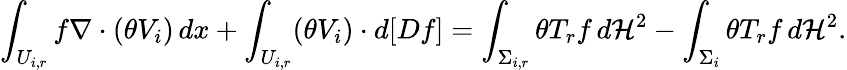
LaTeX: \int_{U_{i,r}}f\nabla\cdot(\theta V_{i})\, dx+\int_{U_{i,r}}(\theta V_{i})\cdot d[Df]=\int_{\Sigma_{i,r}}\theta T_{r}f\, d\mathcal H^{2}-\int_{\Sigma_{i}}\theta T_{r}f\, d\mathcal H^{2}.